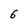
Character: 6